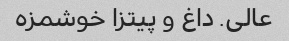
عالی. داغ و پیتزا خوشمزه